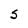
Character: S